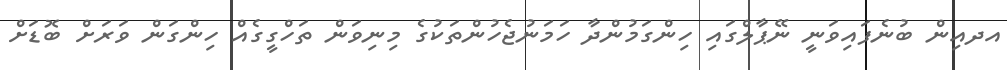
އދއިން ބުނެފައިވަނީ ނޭޕާލްގައި ހިންގަމުންދާ ހަމަނުޖެހުންތަކުގެ މިނިވަން ތަހްގީގެއް ހިންގަން ވަރަށް ބޮޑަށް